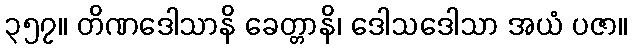
၃၅၇။ တိဏဒေါသာနိ ခေတ္တာနိ၊ ဒေါသဒေါသာ အယံ ပဇာ။